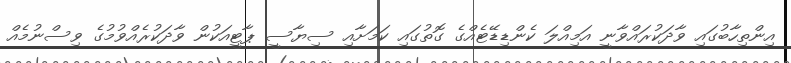
އިންތިހާބުގައި ވާދަކުރައްވާނީ އަމިއްލަ ކެންޑިޑޭޓެއްގެ ގޮތުގައި ކަމަށާއި ސިޔާސީ ޕާޓީއަކުން ވާދަކުރެއްވުމުގެ ވިސްނުމެއް